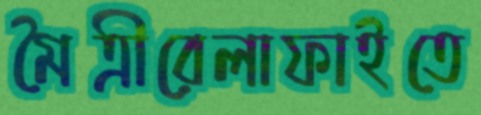
মৈত্রীরেলাফাইতে